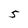
Character: 5